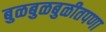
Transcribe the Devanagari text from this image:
बुळबुळबुळीतपणा